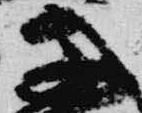
子